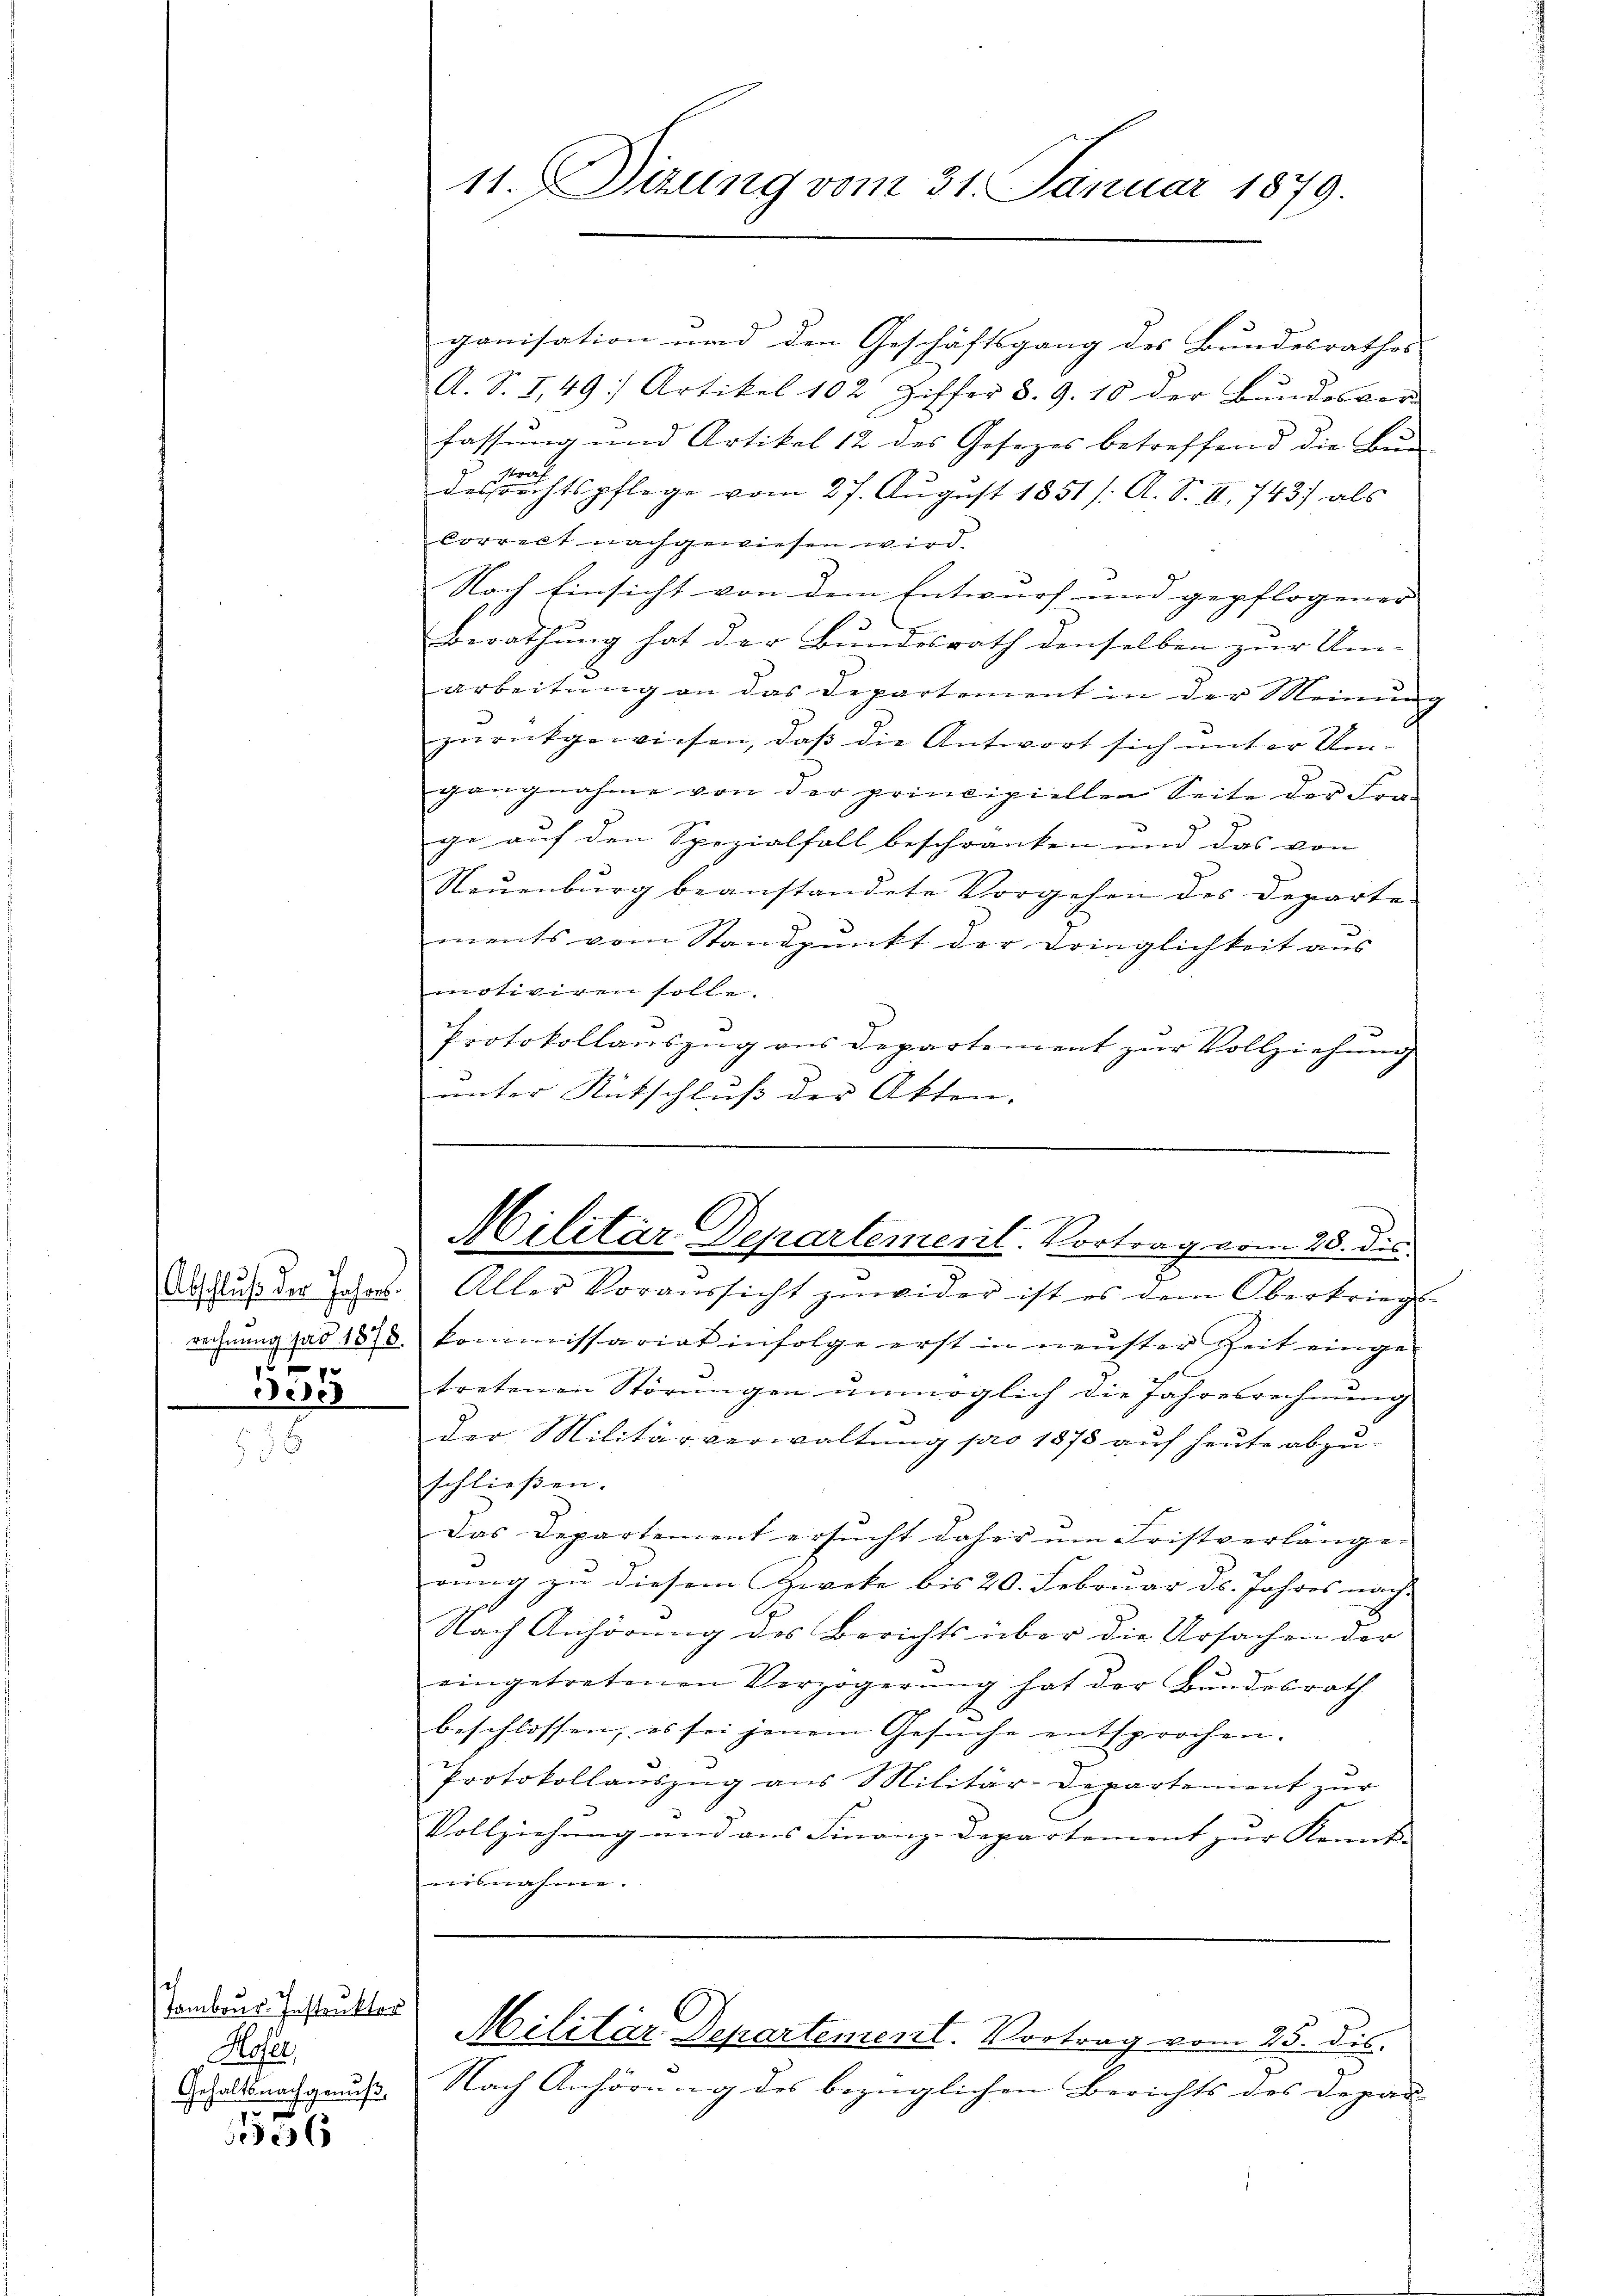
Abschluß der Jahres.
2
3.13

Jembour. Instruktor
Moser,
Gehaltsnachgenuß,
1556

ganisation und den Geschäftsgang des Bundesrathes
A. S. I49 Artikel 102 Ziffer 8. 9. 10 der Bundesver-
fassung und Artikel 12 des Gesezes betreffend die Be-
Straf
desrechtspflege vom 27. Aŭgust 1851 /: A. S. III. 743) als
Correct nachgewiesen wird.
Nach Einsicht von dem Entwurf und gepflogener
Berathung hat der Bundesrath denselben zur Um-
arbeitung an das Departement in der Meinung
zurückgewiesen, daß die Antwort sich unter Umgangnahme von der principiellen Seite der For-
ge auf den Spezialfall beschränken und das von
Neuenburg beanstandete Vorgehen des Departements vom Standpŭnkt der Dringlichkeit aus
motiviren solle.
Protokollauszug aus Departement zur Vollziehung
unter Rutschluß der Akten

11. Dirung vom 31. Januar 1879.

C
Militär-Departement. Vortrag vom 28. dic.

Aller Voraussicht zuwider ist es dem Oberkriegs
rechnŭng ad 1878. Kommissariat infolge erst in neuster Zeit einge-
tretenen Störungen unmöglich die Jahresrechnung
der Militärverwaltung pro 1875 auf heute abzu-
schließen.
Das Departement ersucht daher um Fristverlängen |
rung zu diesem Zweke bis 20. Februar d. Jahres nach.
Nach Anhörung des Berichts über die Ursachen der
eingetretenen Verzögerŭng hat der Bundesrath
beschlossen, es sei jenem Gesuche entsprochen.
Protokollauszug aus Militär-Departement zur
Vollziehung and aus Finanz-Departement zur Kennt-
misnahme.
Militär Departement. Vortrag vom 25. dis.
Nach Anhörung des bezüglichen Berichts des Depar-